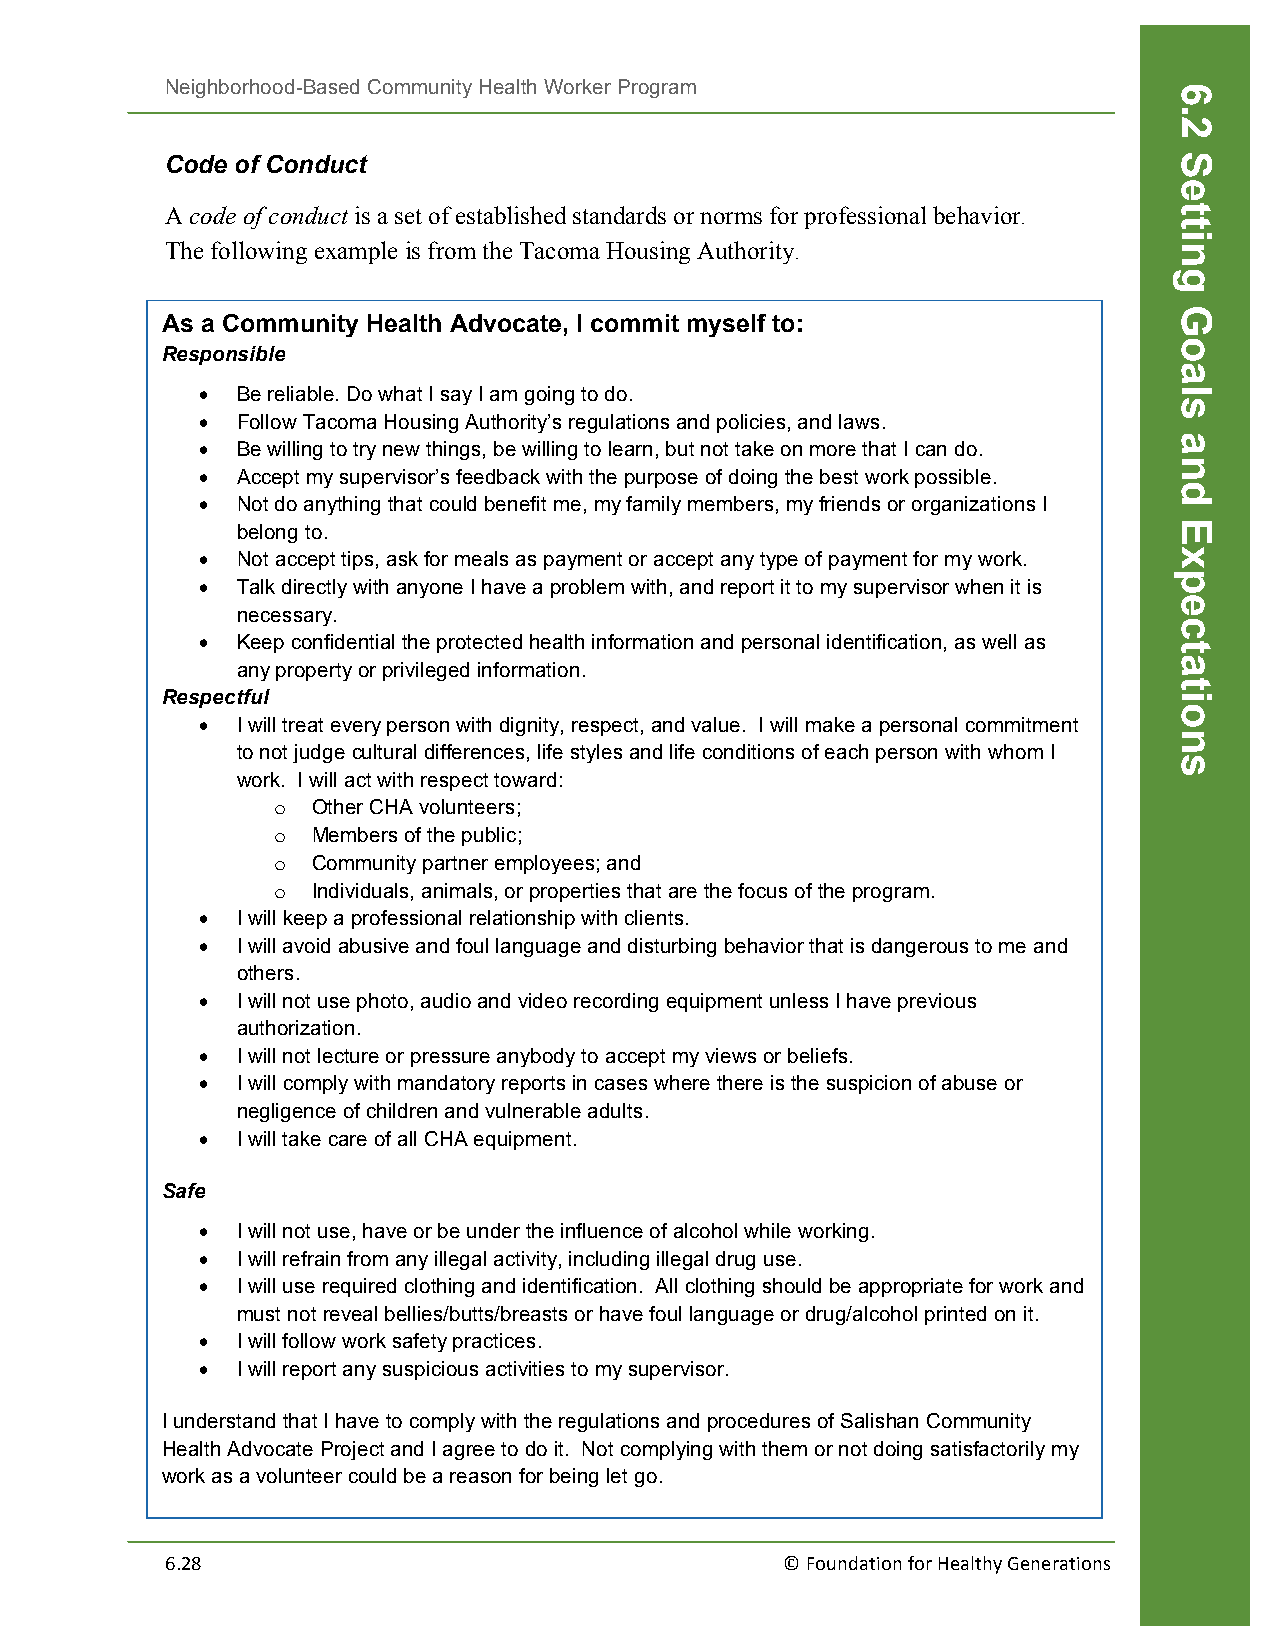
Neighborhood-Based Community Health Worker Program
 Code of Conduct
 A code of conduct is a set of established standards or norms for professional behavior.
 The following example is from the Tacoma Housing Authority.
 As a Community Health Advocate, I commit myself to:
 Responsible
 •  Be reliable. Do what I say I am going to do.
 •  Follow Tacoma Housing Authority’s regulations and policies, and laws.
 •  Be willing to try new things, be willing to learn, but not take on more that I can do.
 •  Accept my supervisor’s feedback with the purpose of doing the best work possible.
 •  Not do anything that could benefit me, my family members, my friends or organizations I
 belong to.
 •  Not accept tips, ask for meals as payment or accept any type of payment for my work.
 •  Talk directly with anyone I have a problem with, and report it to my supervisor when it is
 necessary.
 •  Keep confidential the protected health information and personal identification, as well as
 any property or privileged information.
 Respectful
 •  I will treat every person with dignity, respect, and value. I will make a personal commitment
 to not judge cultural differences, life styles and life conditions of each person with whom I
 work. I will act with respect toward:
 o  Other CHA volunteers;
 o  Members of the public;
 o  Community partner employees; and
 o  Individuals, animals, or properties that are the focus of the program.
 •  I will keep a professional relationship with clients.
 •  I will avoid abusive and foul language and disturbing behavior that is dangerous to me and
 others.
 •  I will not use photo, audio and video recording equipment unless I have previous
 authorization.
 •  I will not lecture or pressure anybody to accept my views or beliefs.
 •  I will comply with mandatory reports in cases where there is the suspicion of abuse or
 negligence of children and vulnerable adults.
 •  I will take care of all CHA equipment.
 Safe
 •  I will not use, have or be under the influence of alcohol while working.
 •  I will refrain from any illegal activity, including illegal drug use.
 •  I will use required clothing and identification. All clothing should be appropriate for work and
 must not reveal bellies/butts/breasts or have foul language or drug/alcohol printed on it.
 •  I will follow work safety practices.
 •  I will report any suspicious activities to my supervisor.
 I understand that I have to comply with the regulations and procedures of Salishan Community
 Health Advocate Project and I agree to do it. Not complying with them or not doing satisfactorily my
 work as a volunteer could be a reason for being let go.
 6.28                                     © Foundation for Healthy Generations
 6.2
 Setting
 Goals
 and
 Expectations